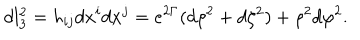
LaTeX: d l _ { 3 } ^ { 2 } = h _ { i j } d x ^ { i } d x ^ { j } = e ^ { 2 \Gamma } ( d \rho ^ { 2 } + d \zeta ^ { 2 } ) + \rho ^ { 2 } d \varphi ^ { 2 } .